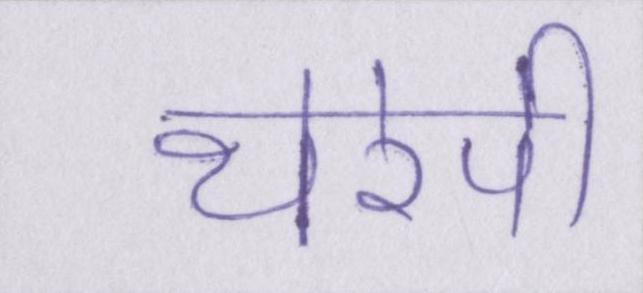
थेरेपी